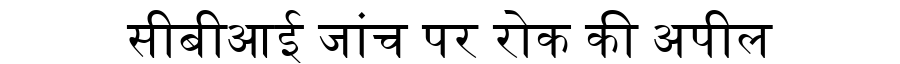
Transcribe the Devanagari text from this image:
सीबीआई जांच पर रोक की अपील